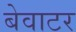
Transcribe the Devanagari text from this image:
बेवाटर